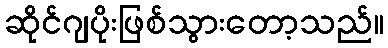
ဆိုင်ဂျပိုးဖြစ်သွားတော့သည်။